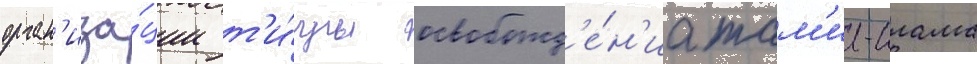
орган'иза́ции т'и́гры освобожд'е́н'иа там'ил-илама